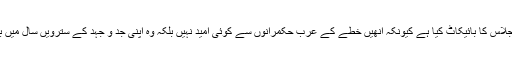
دوسری جانب فلسطینیوں نے اس اجلاس کا بائیکاٹ کیا ہے کیونکہ انھیں خطے کے عرب حکمرانوں سے کوئی امید نہیں بلکہ وہ اپنی جد و جہد کے سترویں سال میں بھی اپنے آپ کو تنہا سمجھتے ہیں۔